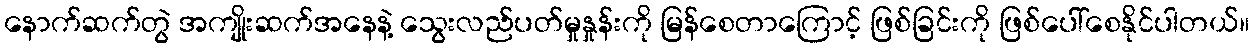
နောက်ဆက်တွဲ အကျိုးဆက်အနေနဲ့ သွေးလည်ပတ်မှုနှုန်းကို မြန်စေတာကြောင့် ဖြစ်ခြင်းကို ဖြစ်ပေါ်စေနိုင်ပါတယ်။